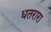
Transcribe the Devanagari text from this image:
धतरारा